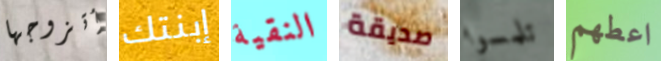
أتزوجها إبنتك النقية صديقة تلمسوا اعطهم